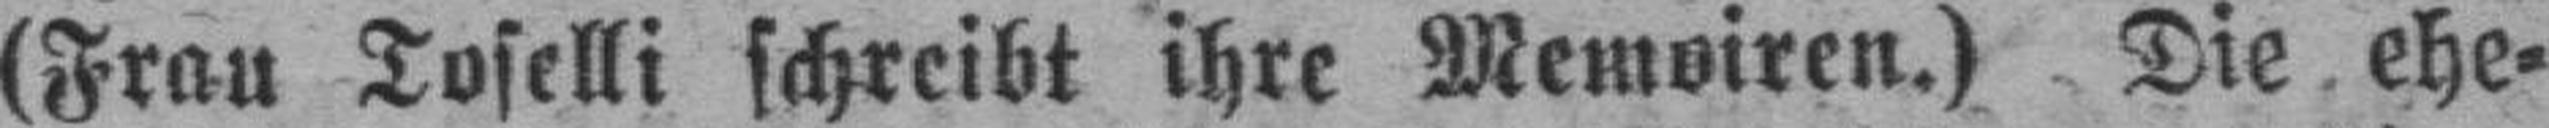
(Frau Toselli schreibt ihre Memoiren.) Die ehe¬